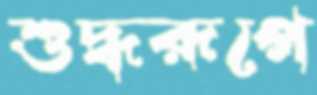
শুদ্ধরূপে